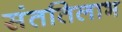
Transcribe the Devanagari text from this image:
संततिलाभ